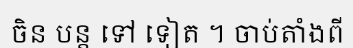
ចិន បន្ត ទៅ ទៀត ។ ចាប់តាំងពី